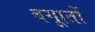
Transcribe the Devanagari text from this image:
बगाूतों